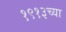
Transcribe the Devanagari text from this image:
१९१३च्या